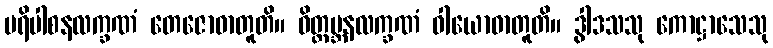
ပရိပါစနလက္ခဏံ တေဇောဓာတူတိ။ ဝိတ္ထမ္ဘနလက္ခဏံ ဝါယောဓာတူတိ။ ဒွါဒသသု ကောဋ္ဌာသေသု